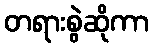
တရားစွဲဆိုကာ